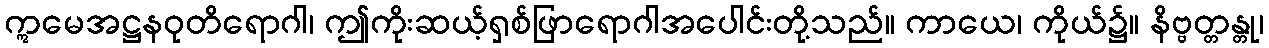
ဣမေအဋ္ဌနဝုတိရောဂါ၊ ဤကိုးဆယ့်ရှစ်ဖြာရောဂါအပေါင်းတို့သည်။ ကာယေ၊ ကိုယ်၌။ နိဗ္ဗတ္တန္တု၊